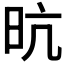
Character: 𭥙